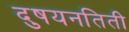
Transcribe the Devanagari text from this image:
दुषयनतिती